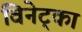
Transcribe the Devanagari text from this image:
विनेट्का